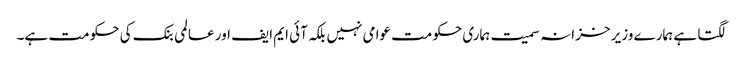
لگتا ہے ہمارے وزیر خزانہ سمیت ہماری حکومت عوامی نہیں بلکہ آئی ایم ایف اور عالمی بنک کی حکومت ہے۔